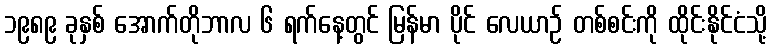
၁၉၈၉ ခုနှစ် အောက်တိုဘာလ ၆ ရက်နေ့တွင် မြန်မာ ပိုင် လေယာဉ် တစ်စင်းကို ထိုင်းနိုင်ငံသို့